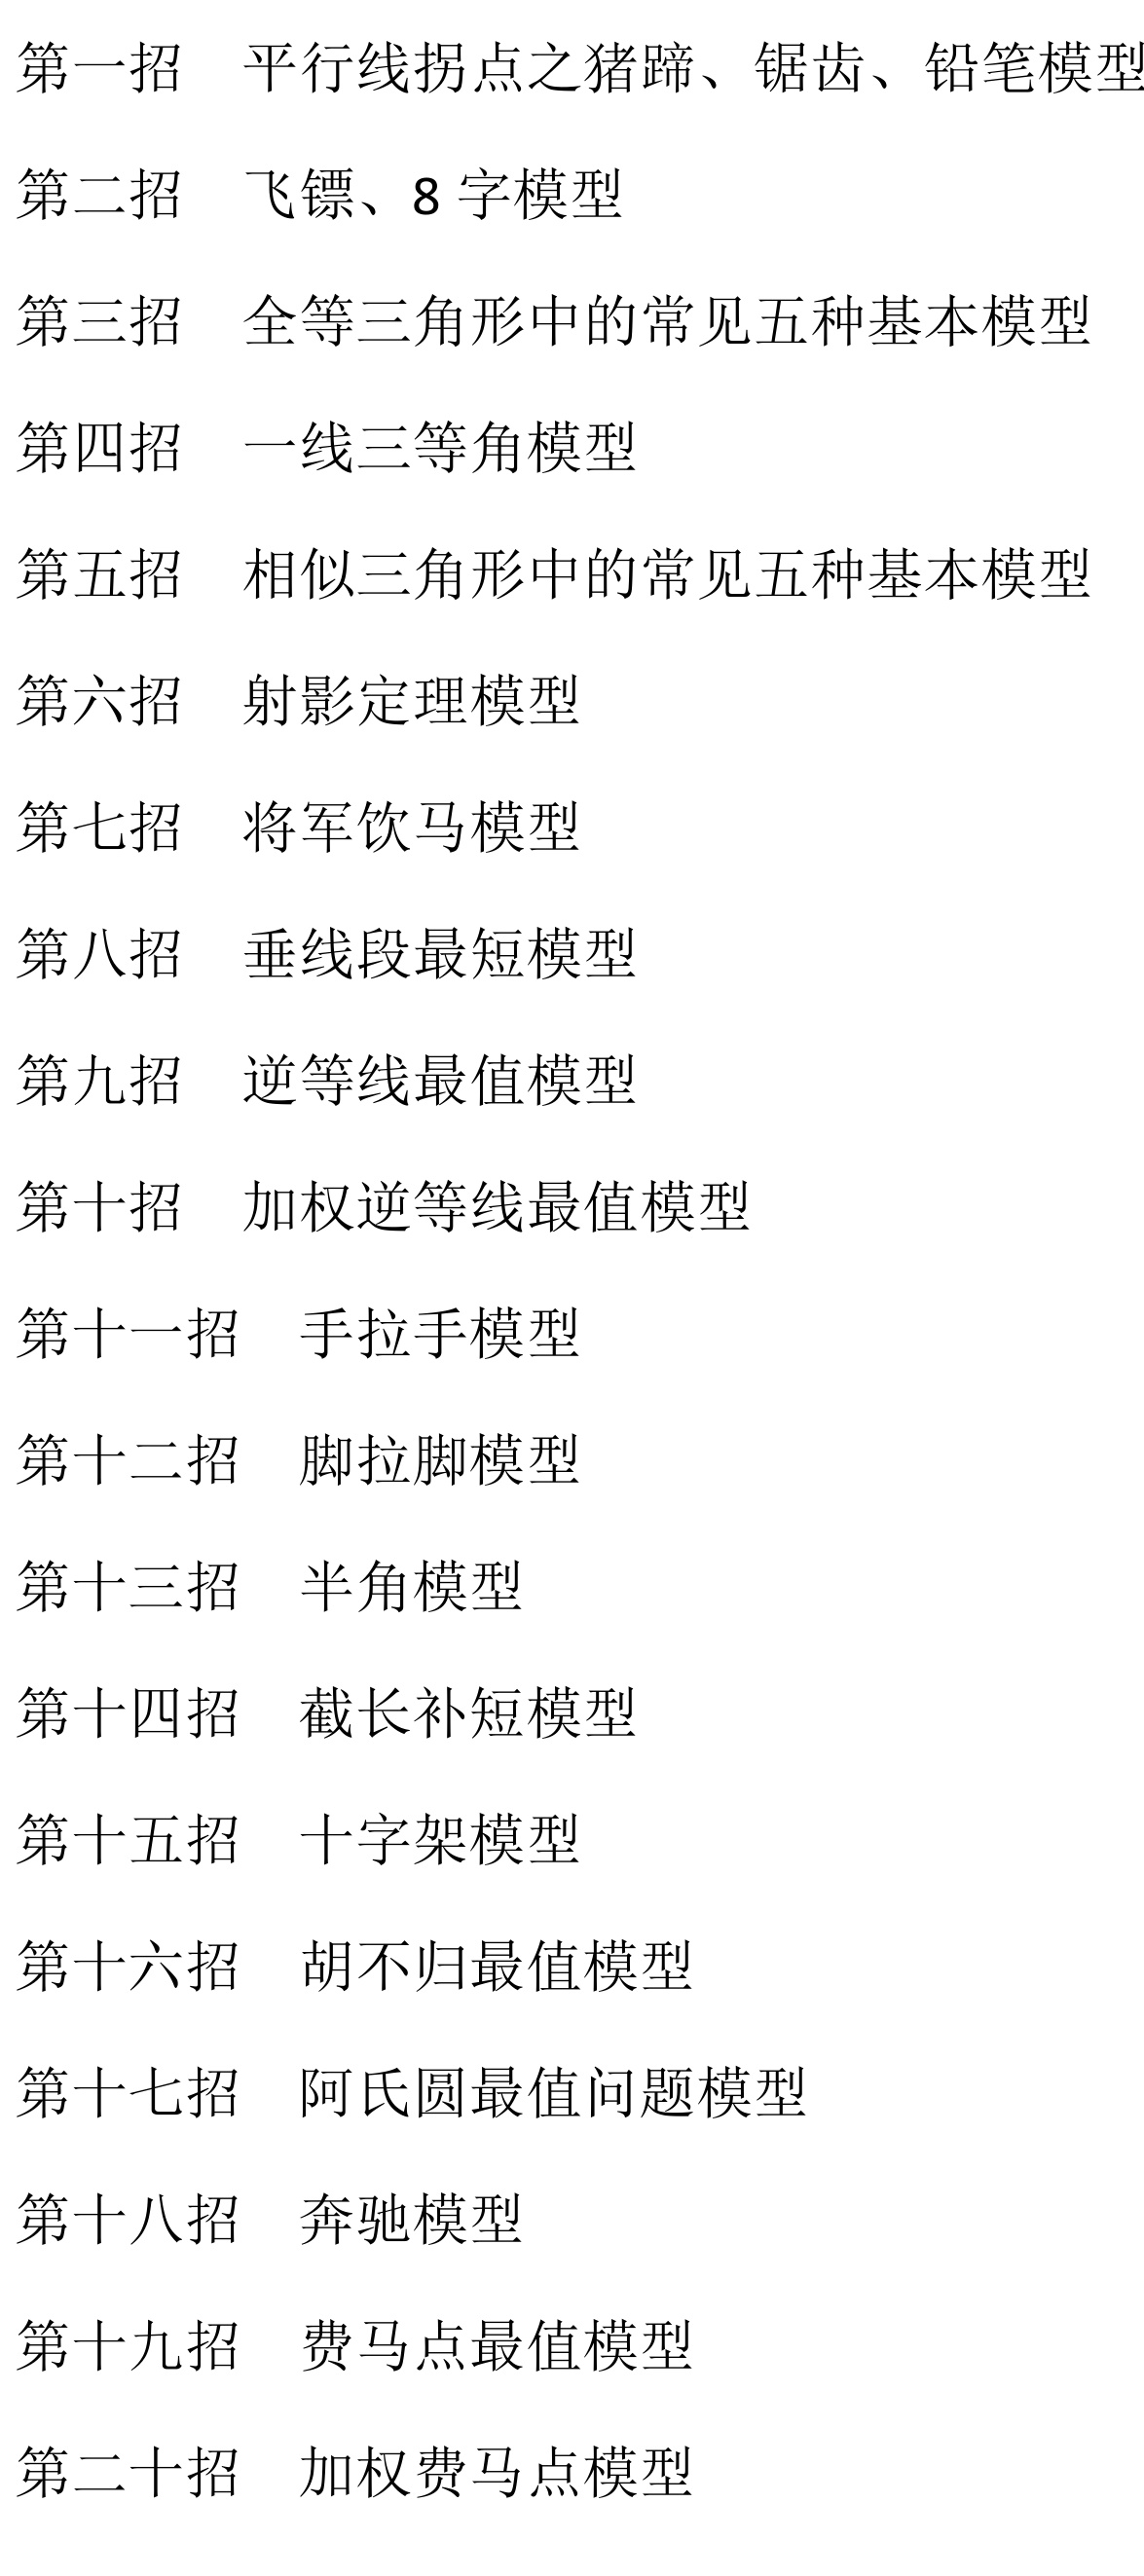
第一招 平行线拐点之猪蹄、锯齿、铅笔模型
第二招 飞镖、8字模型
第三招 全等三角形中的常见五种基本模型
第四招 一线三等角模型
第五招 相似三角形中的常见五种基本模型
第六招 射影定理模型
第七招 将军饮马模型
第八招 垂线段最短模型
第九招 逆等线最值模型
第十招 加权逆等线最值模型
第十一招 手拉手模型
第十二招 脚拉脚模型
第十三招 半角模型
第十四招 截长补短模型
第十五招 十字架模型
第十六招 胡不归最值模型
第十七招 阿氏圆最值问题模型
第十八招 奔驰模型
第十九招 费马点最值模型
第二十招 加权费马点模型